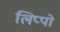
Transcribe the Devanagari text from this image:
लिप्पो